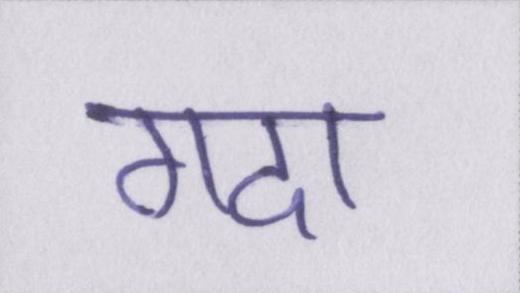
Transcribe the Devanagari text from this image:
गदा